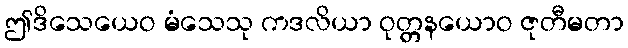
ဤဒိသေယေဝ မံသေသု ကဒလိယာ ဝုတ္တနယောဝ ဇုတီမတာ